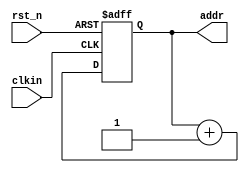
// n_rd_addr.v

module n_rd_addr(
                 clkin,
                 rst_n,
                 addr 
                 );

input clkin;
input rst_n;

output [11:0] addr;

reg [11:0] addr;

always @ (posedge rst_n or negedge clkin)
   begin
         if(rst_n == 1'b1)
             begin
                   addr <= 0;
             end
          
         else 
             begin
                   addr <= addr + 1;
             end

   end

endmodule